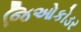
જિઓકોડર